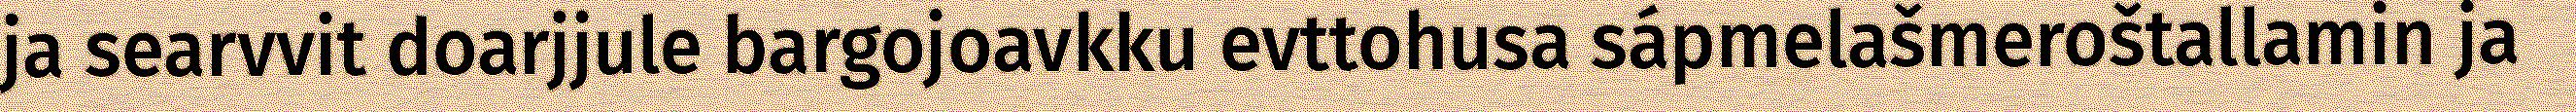
ja searvvit doarjjule bargojoavkku evttohusa sápmelašmeroštallamin ja